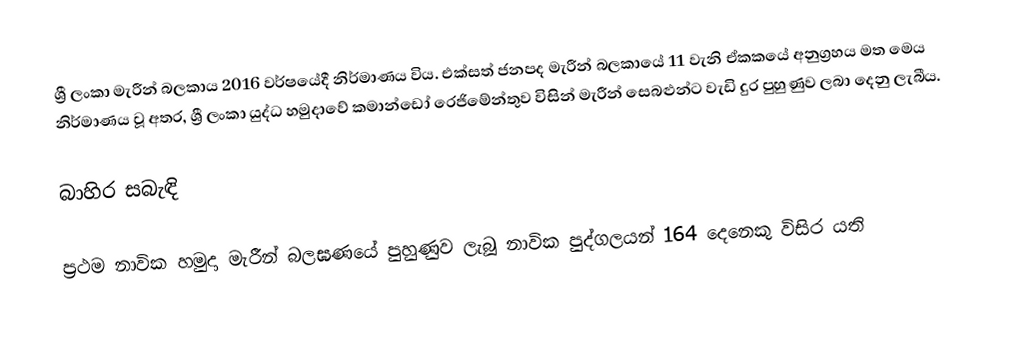
ශ්‍රී ලංකා මැරීන් බලකාය 2016 වර්ෂයේදී නිර්මාණය විය. එක්සත් ජනපද මැරීන් බලකායේ 11 වැනි ඒකකයේ අනුග්‍රහය මත මෙය නිර්මාණය වූ අතර, ශ්‍රී ලංකා යුද්ධ හමුදාවේ කමාන්ඩෝ රෙජිමේන්තුව විසින් මැරීන් සෙබළුන්ට වැඩි දුර පුහුණුව ලබා දෙනු ලැබීය.

බාහිර සබැඳි

 ප්‍රථම නාවික හමුදා මැරීන් බලඝණයේ පුහුණුව ලැබූ නාවික පුද්ගලයන් 164 දෙනෙකු විසිර යති